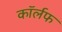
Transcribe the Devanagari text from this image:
कॉर्लफ